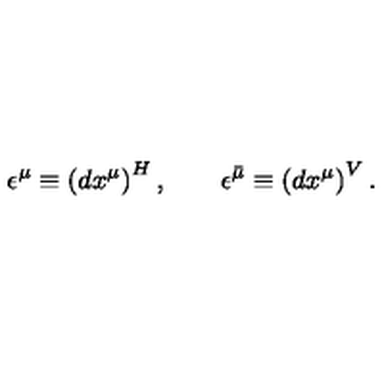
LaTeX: \epsilon ^ { \mu } \equiv \left( d x ^ { \mu } \right) ^ { H } , \qquad \epsilon ^ { \bar { \mu } } \equiv \left( d x ^ { \mu } \right) ^ { V } .